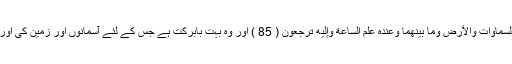
اور وہ دانا (اور) علم والا ہےوَتَبَارَكَ الَّذِي لَهُ مُلْكُ السَّمَاوَاتِ وَالْأَرْضِ وَمَا بَيْنَهُمَا وَعِندَهُ عِلْمُ السَّاعَةِ وَإِلَيْهِ تُرْجَعُونَ ( 85 ) اور وہ بہت بابرکت ہے جس کے لئے آسمانوں اور زمین کی اور جو کچھ ان دونوں میں ہے سب کی بادشاہت ہے۔